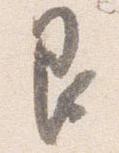
艮